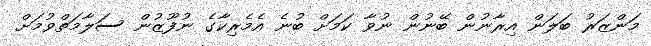
މަންޒަރު ބަލަން އިރާނުން ބޭނުން ނުވާ ކަމަށް ބުނެ އެމެރިކާގެ ނުފޫޒުން ސަލާމަތްވުމަށް